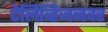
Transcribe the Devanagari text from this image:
टेलिव्हिजनवर